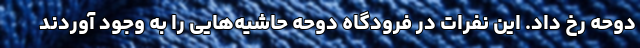
دوحه رخ داد. این نفرات در فرودگاه دوحه حاشیه‌هایی را به وجود آوردند